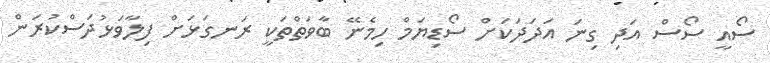
ސޯއީ ސޯސް އަދި ގިނަ އަދަދަކަށް ސޯޑިޔަމް ހިމެނޭ ބާވަތްތަކީ ރަނގަޅަށް ފިލާވަޅުދަސްކުރަން